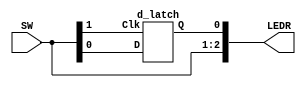
//
// ============================================================
// Laboratory: 	Lab 3 - Part 2 - Digital Logic
// Description:	Explore the D Latch at the gate level. Preserve 
//				internal signals (qa,qb,r_g,s_g) as separate logic 
//				elements so that they may be explored/understood.
//				Utilize the Quartus compiler directive "keep".
//					
//				Instantiate the D-latch and utilize switches and
//				LEDs to view the Q output.
//
// By:			K. Walsh
//

// ============================================================
//
//
//
// Top Level Module
module part2 (
	input [1:0] SW,
	output [2:0] LEDR);
	
	assign LEDR[2] = SW[1];	//clock
	assign LEDR[1] = SW[0];	//D input
	
	// Instantiate D-Latch Module
	d_latch dl0 (.D(SW[0]),.Clk(SW[1]),.Q(LEDR[0]));
	
endmodule
//
//
//
// D-Latch Module
module d_latch (
	input D, Clk,
	output Q);
	
	//D	= latch input
	//R	= reset
	//S	= set
	//Clk	= clock
	//Q	= output
	
	wire S, R, S_g, R_g, Qa, Qb /* synthesis keep */;	
	
	assign S = D;
	assign R = ~D;
	assign S_g = ~(S & Clk);
	assign R_g = ~(R & Clk);
	assign Qa = ~(S_g & Qb);
	assign Qb = ~(R_g & Qa);
	
	assign Q = Qa;
	
endmodule